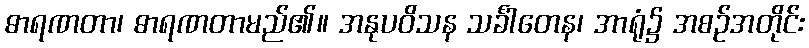
ဓာရဏတာ၊ ဓာရဏတာမည်၏။ အနုပဝိသန သင်္ခါတေန၊ အာရုံ၌ အစဉ်အတိုင်း